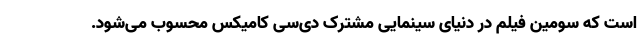
است که سومین فیلم در دنیای سینمایی مشترک دی‌سی کامیکس محسوب می‌شود.